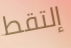
إلتقط